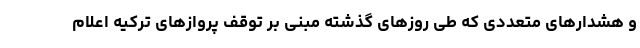
و هشدارهای متعددی که طی روزهای گذشته مبنی بر توقف پروازهای ترکیه اعلام